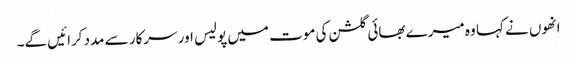
انھوں نے کہا وہ میرے بھائی گلشن کی موت میں پولیس اور سرکار سے مدد کرائیں گے۔